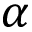
\alpha